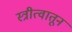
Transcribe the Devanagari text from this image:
स्त्रीत्वातून